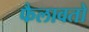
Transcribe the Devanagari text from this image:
फैलावतो